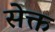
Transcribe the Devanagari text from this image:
सेक्त